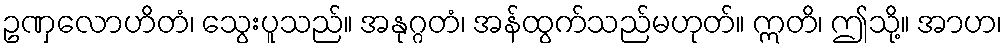
ဥဏှလောဟိတံ၊ သွေးပူသည်။ အနုဂ္ဂတံ၊ အန်ထွက်သည်မဟုတ်။ ဣတိ၊ ဤသို့။ အာဟ၊